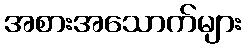
အစားအသောက်များ